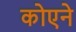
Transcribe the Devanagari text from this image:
कोएने